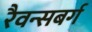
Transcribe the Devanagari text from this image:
रैवन्सबर्ग